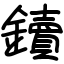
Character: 鑟